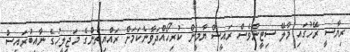
ރިޔާސީ ރޭހުގައި މާލޭ ސިޓީންވެސް ރައީސް ޔާމީން ކުރިހޯއްދަވާނެކަމަށް ރައްޔިތުންގެ މަޖިލީހުގެ ނާއިބުރައީސް